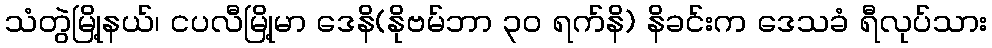
သံတွဲမြို့နယ်၊ ငပလီမြို့မာ ဒေနိ(နိုဗမ်ဘာ ၃၀ ရက်နိ) နိခင်းက ဒေသခံ ရီလုပ်သား